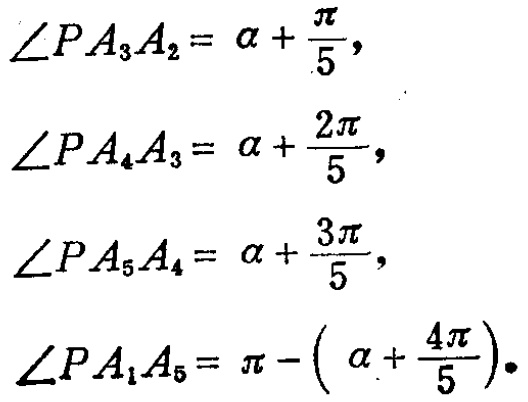
\(\angle PA_{3}A_{2}= \alpha +\frac{\pi}{5},\)
\(\angle PA_{4}A_{3}= \alpha +\frac{2\pi}{5},\)
\(\angle PA_{5}A_{4}= \alpha +\frac{3\pi}{5},\)
\(\angle PA_{1}A_{5}= \pi - \left(\alpha +\frac{4\pi}{5}\right).\)